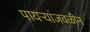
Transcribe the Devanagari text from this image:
पायऱ्यांजवळीन